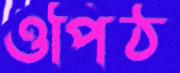
ওপিঠ